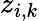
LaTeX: z_{i,k}